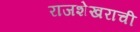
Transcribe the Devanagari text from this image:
राजशेखराची